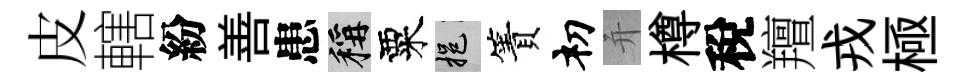
皮轄紛善患稱粟挹簀𥘉并樽稅羶戎極